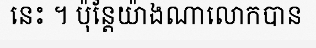
នេះ ។ ប៉ុន្តែយ៉ាងណាលោកបាន